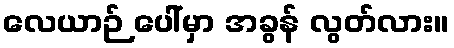
လေယာဉ် ပေါ်မှာ အခွန် လွတ်လား။